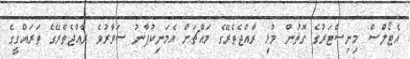
އެޓޯލްސް މިނިސްޓަރުގެ ގޮތުން މުޅި ރާއްޖެތެރޭގެ މައްޗަށް އެމަނިކުފާނު ސަވާރުވެ ރާއްޖެތެރޭގެ ތަރައްގީގެ